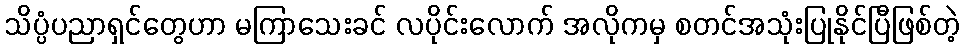
သိပ္ပံပညာရှင်တွေဟာ မကြာသေးခင် လပိုင်းလောက် အလိုကမှ စတင်အသုံးပြုနိုင်ပြီဖြစ်တဲ့